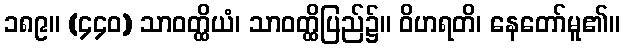
၁၈၉။ (၄၄၀) သာဝတ္ထိယံ၊ သာဝတ္ထိပြည်၌။ ဝိဟရတိ၊ နေတော်မူ၏။